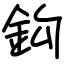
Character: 鈎